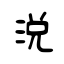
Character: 涚